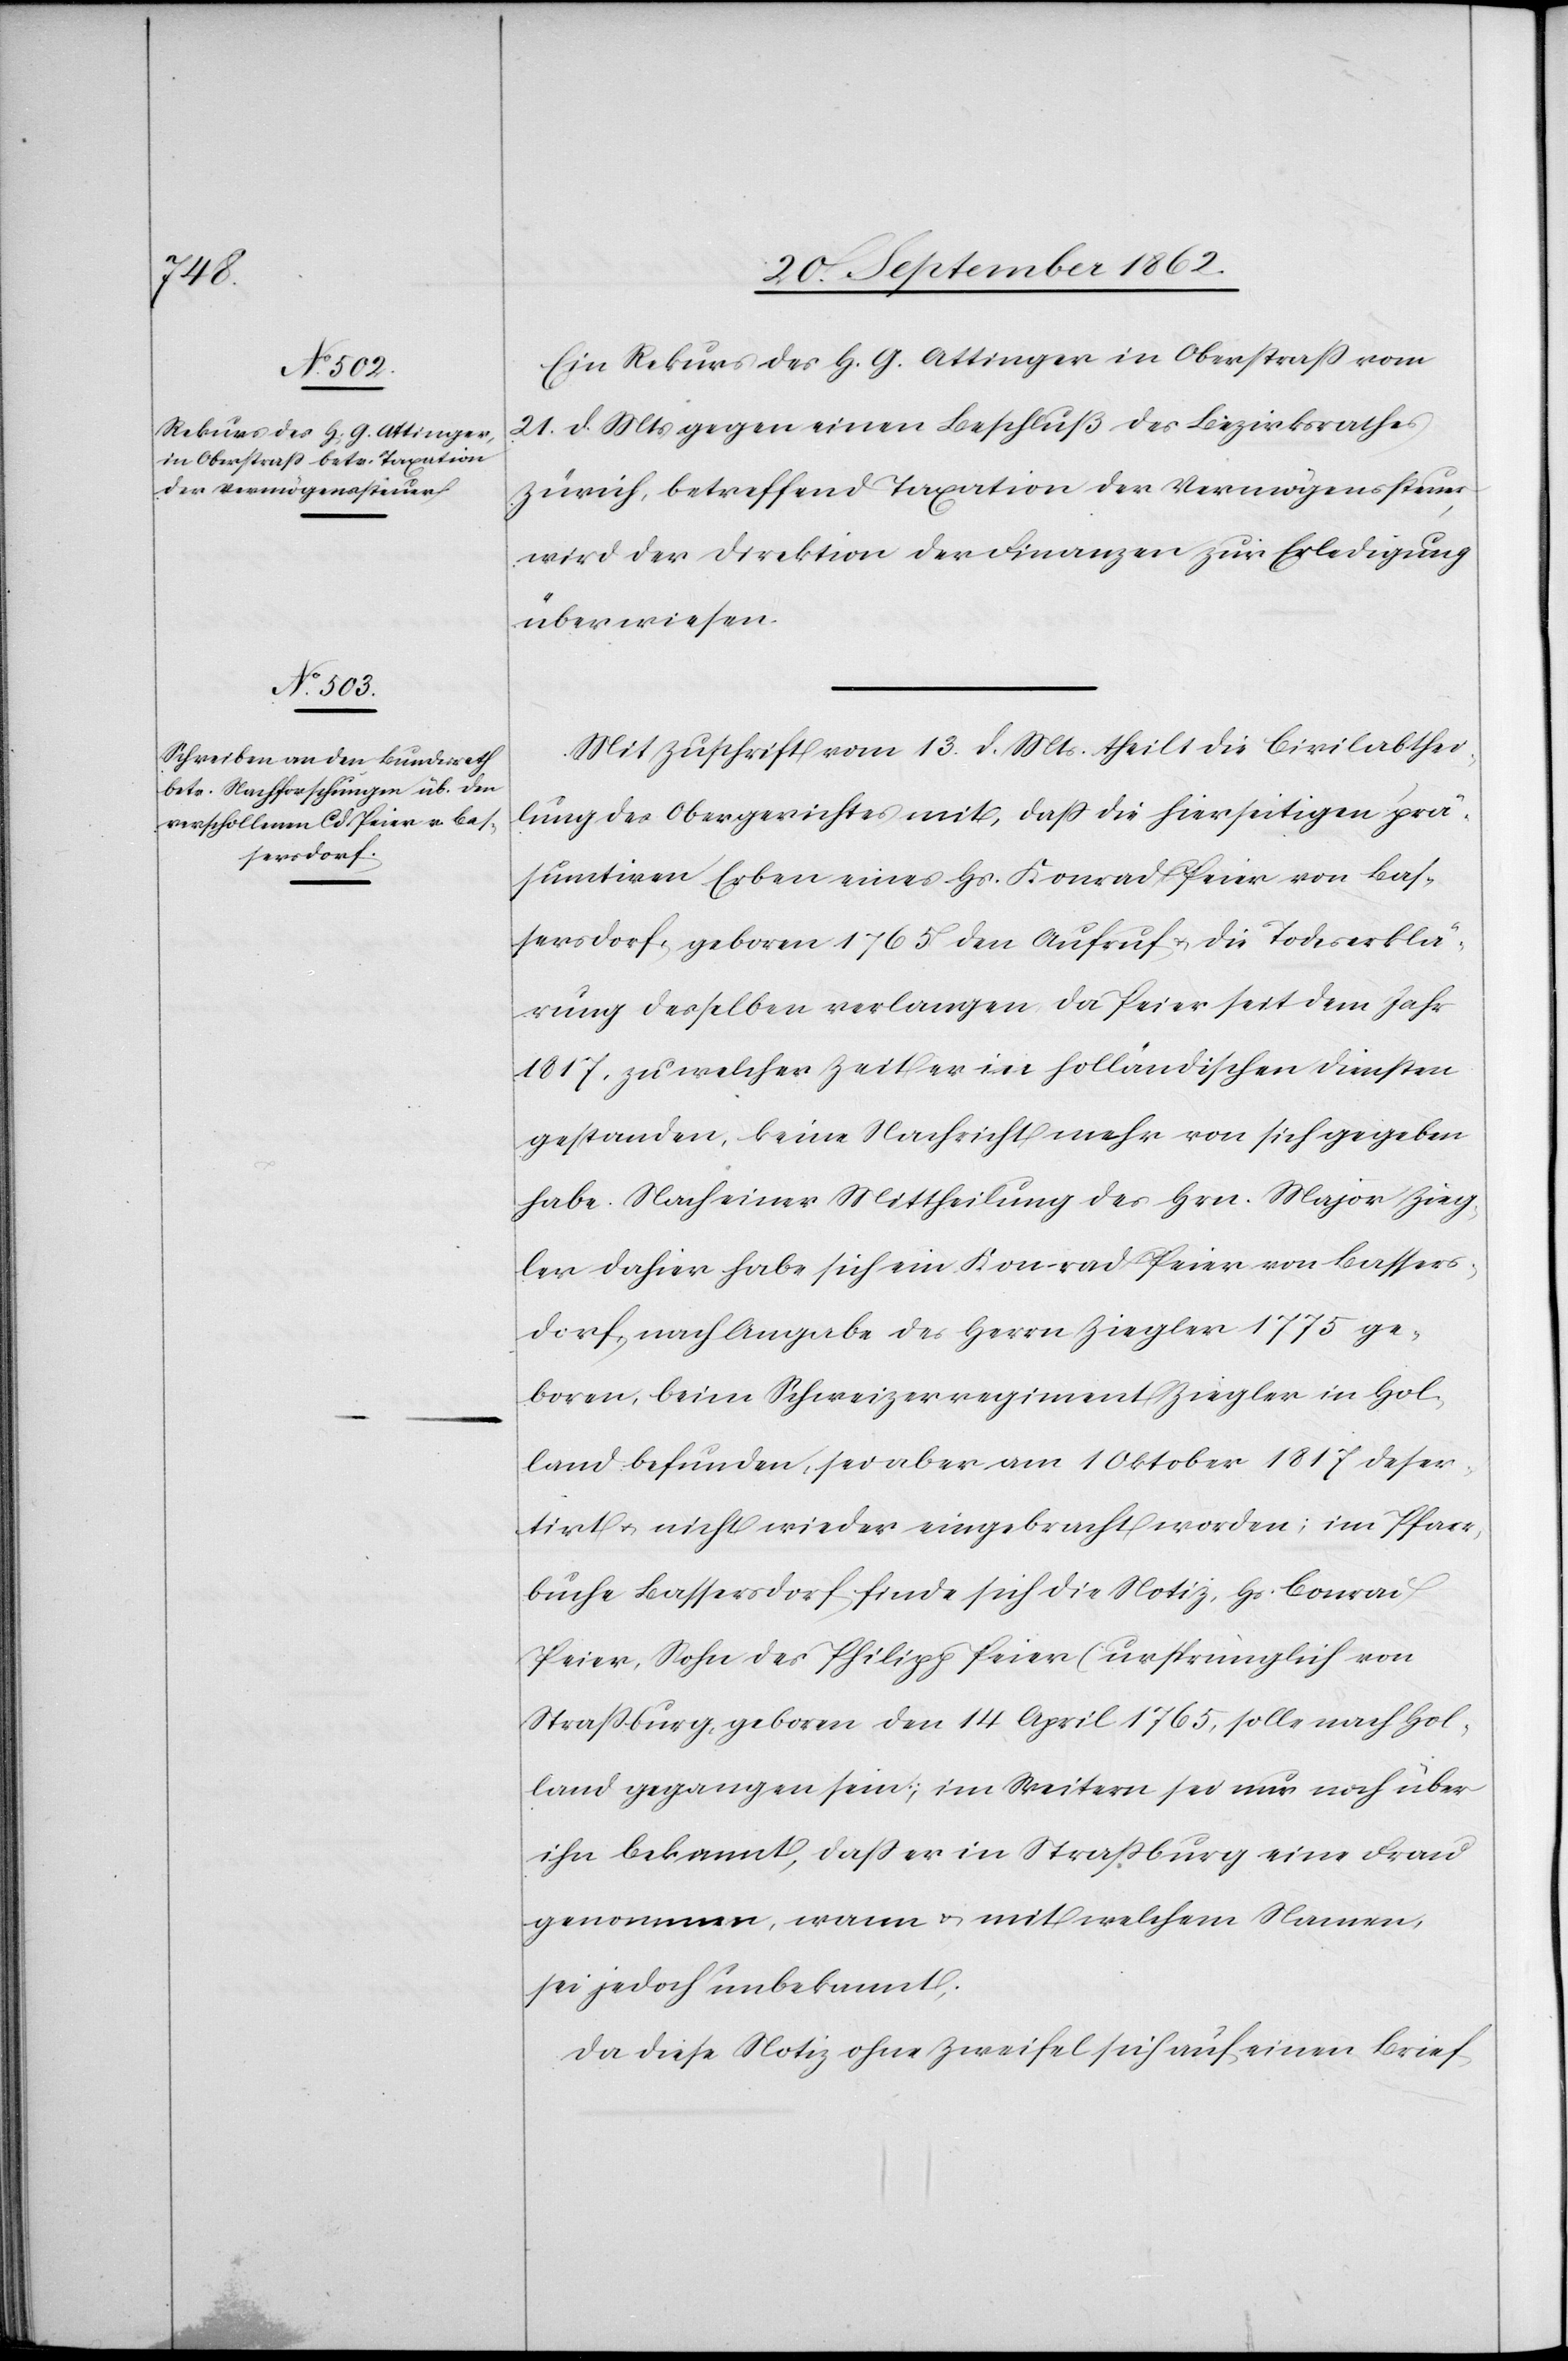
23. September 1862.]
Ein Rekurs des H. G. Attinger in Oberstraß vom
21. d. Mts. gegen einen Beschluß des Bezirksrathes
Zürich, betreffend Taxation der Vermögenssteuer,
wird der Direktion der Finanzen zur Erledigung
überwiesen.
Mit Zuschrift vom 13. d. Mts. theilt die Civilabthei¬
lung des Obergerichte mit, daß die hierseitigen prä¬
sumtiven Erben eines Hs. Konrad [sic!] Peier von Bas¬
sersdorf, geboren 1765 den Aufruf u. die Todeserklä¬
rung desselben verlangen da Peier seit dem Jahr
1817, zu welcher Zeit er in holländischen Diensten
gestanden, keine Nachricht mehr von sich gegeben
habe. Nach einer Mittheilung des Hrn. Major Zieg¬
ler dahier habe sich ein Konrad Peier von Bassers¬
dorf, nach Angabe des Herrn Ziegler 1775 ge¬
boren, beim Schweizerregiment Ziegler in Hol¬
land befunden, sei aber am 1. Oktober 1817 deser¬
tirt u. nicht wieder eingebracht worden; im Pfarr¬
buche Bassersdorf finde sich die Notiz, Hs. Conrad
Peier, Sohn des Philipp Peier (ursprünglich von
Straßburg, geboren den 14 April 1765[)], solle nach Hol¬
land gegangen sein; im Weitern sei nur noch über
ihm bekannt, daß er in Straßburg eine Frau
genommen, wann u. mit welchem Namen,
sei jedoch unbekannt.
Da diese Notiz ohne Zweifel sich auf einen Brief